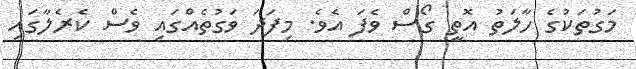
މަގުތަކުގެ ހާލަތު އޮތީ ގޯސް ވެފަ އެވެ. މިފަދަ ވަގުތެއްގައި ވެސް ކެރެލާގައި